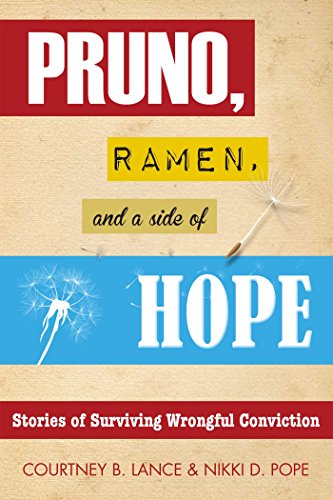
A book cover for Pruno, Ramen, and a Side of Hope: Stories of Surviving Wrongful Conviction; Courtney B. Lance; Romance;